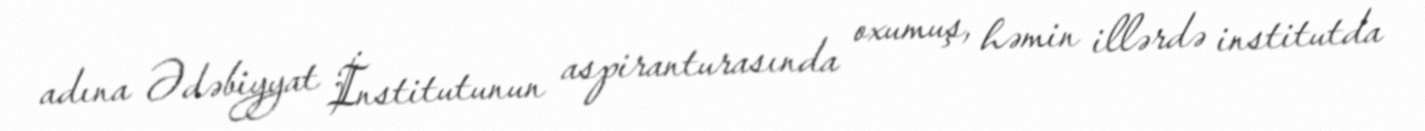
adına Ədəbiyyat İnstitutunun aspiranturasında oxumuş, həmin illərdə institutda